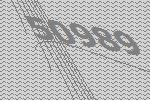
50989